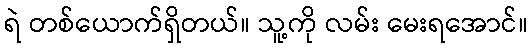
ရဲ တစ်ယောက်ရှိတယ်။ သူ့ကို လမ်း မေးရအောင်။